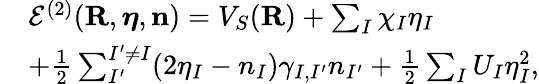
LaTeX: \begin{array}{rl}&{{\cal E}^{(2)}({\mathbf R},{\boldsymbol\eta},{\mathbf n})=V_{S}({\mathbf R})+\sum_{I}\chi_{I}\eta_{I}}\\ &{+\frac{1}{2}\sum_{I^{\prime}}^{I^{\prime}\ne I}(2\eta_{I}-n_{I})\gamma_{I,I^{\prime}}n_{I^{\prime}}+\frac{1}{2}\sum_{I}U_{I}\eta_{I}^{2},}\end{array}